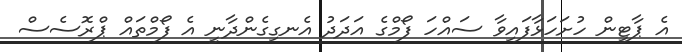
އެ ޕާޓީން ހުށަހަޅާފައިވާ ސައްހަ ފޯމްގެ އަދަދު އެނގިގެންދާނީ އެ ފޯމްތައް ޕްރޮސެސް